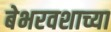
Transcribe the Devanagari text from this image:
बेभरवशाच्या